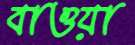
বাওয়া